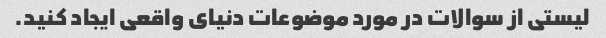
لیستی از سوالات در مورد موضوعات دنیای واقعی ایجاد کنید.